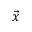
\vec { x }